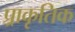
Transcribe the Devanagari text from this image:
प्र्राकृतिक